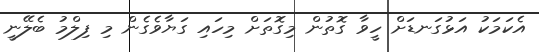
އެކަމަކު އަޅުގަނޑަށް ހީވާ ގޮތުން މިގޮތަށް މިހައި ގަޔާވެގެން މި ފިލްމު ބެލޭނީ